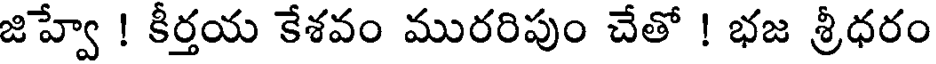
జిహ్వే ! కీర్తయ కేశవం మురరిపుం చేతో ! భజ శ్రీధరం